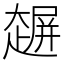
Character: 𰋲